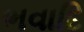
ભવાદિ